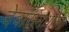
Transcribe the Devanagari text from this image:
देवासमधील